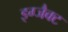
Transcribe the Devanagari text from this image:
इग्जैक्ट